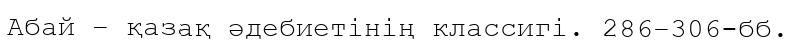
Абай – қазақ әдебиетінің классигі. 286−306-бб.